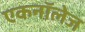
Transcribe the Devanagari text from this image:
एकनॉलेज